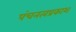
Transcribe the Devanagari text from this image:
पंचनत्वप्रकाश